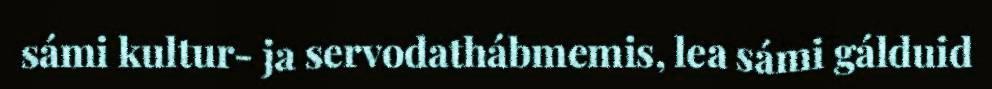
sámi kultur- ja servodathábmemis, lea sámi gálduid